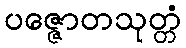
ပဇ္ဇောတသုတ္တံ